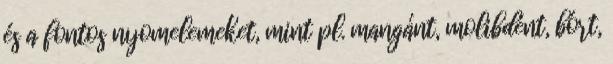
és a fontos nyomelemeket, mint pl. mangánt, molibdént, bórt,